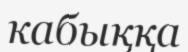
кабыққа